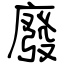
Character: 廢